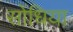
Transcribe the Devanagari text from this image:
सोंधिया